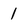
Character: 1